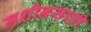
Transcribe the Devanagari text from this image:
मशीनसाठी